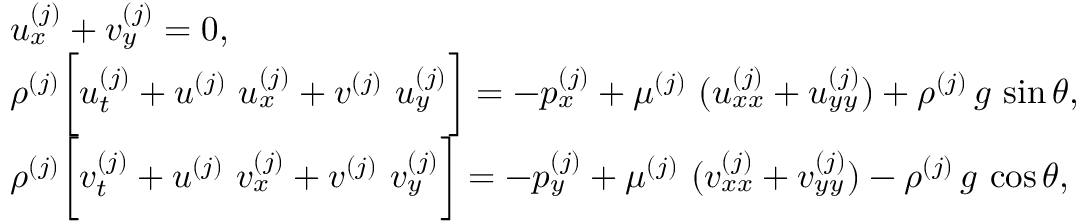
\begin{array} { r l } & { u _ { x } ^ { ( j ) } + v _ { y } ^ { ( j ) } = 0 , } \\ & { \rho ^ { ( j ) } \bigg [ u _ { t } ^ { ( j ) } + u ^ { ( j ) } ~ u _ { x } ^ { ( j ) } + v ^ { ( j ) } ~ u _ { y } ^ { ( j ) } \bigg ] = - p _ { x } ^ { ( j ) } + \mu ^ { ( j ) } ~ ( u _ { x x } ^ { ( j ) } + u _ { y y } ^ { ( j ) } ) + \rho ^ { ( j ) } \, g \, \sin { \theta } , } \\ & { \rho ^ { ( j ) } \bigg [ v _ { t } ^ { ( j ) } + u ^ { ( j ) } ~ v _ { x } ^ { ( j ) } + v ^ { ( j ) } ~ v _ { y } ^ { ( j ) } \bigg ] = - p _ { y } ^ { ( j ) } + \mu ^ { ( j ) } ~ ( v _ { x x } ^ { ( j ) } + v _ { y y } ^ { ( j ) } ) - \rho ^ { ( j ) } \, g \, \cos { \theta } , } \end{array}